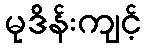
မုဒိန်းကျင့်